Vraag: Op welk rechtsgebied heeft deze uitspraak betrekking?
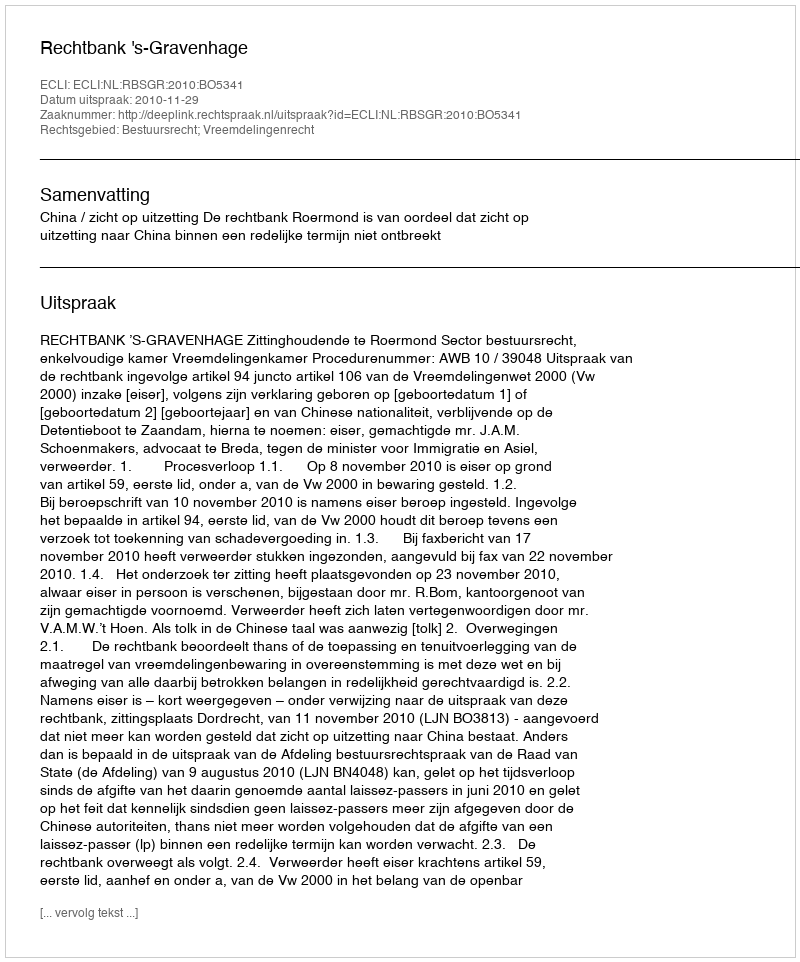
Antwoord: Bestuursrecht; Vreemdelingenrecht